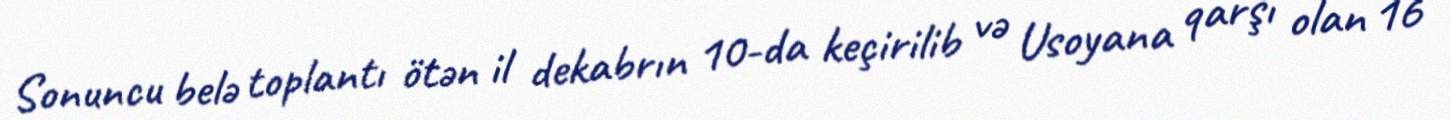
Sonuncu belə toplantı ötən il dekabrın 10-da keçirilib və Usoyana qarşı olan 16